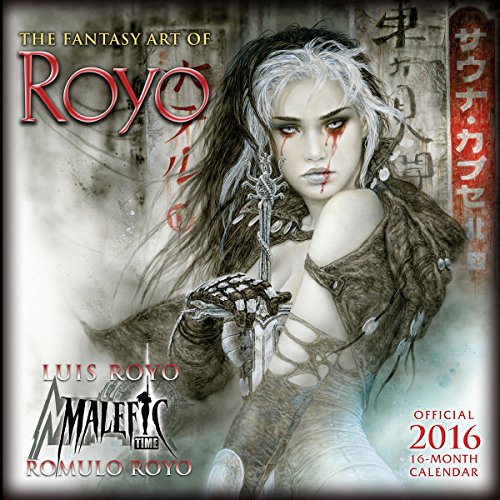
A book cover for Fantasy Art of Luis Royo 2016 Wall Calendar; Luis Royo; Calendars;